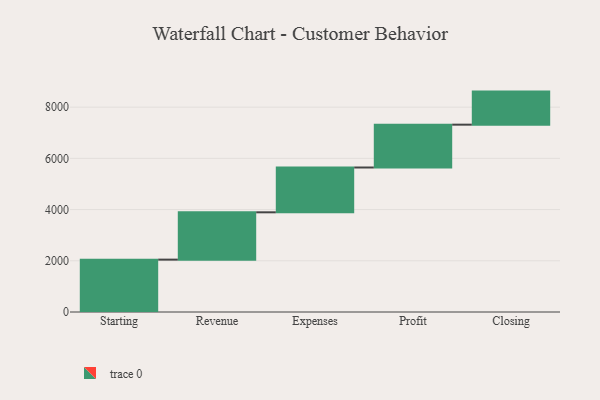
{"axis": {"x": "Step", "y": "Value"}, "legend": [""], "data": [{"x": "Starting", "y": 2045.0, "type": ""}, {"x": "Revenue", "y": 1848.0, "type": ""}, {"x": "Expenses", "y": 1750.0, "type": ""}, {"x": "Profit", "y": 1673.0, "type": ""}, {"x": "Closing", "y": 1291.0, "type": ""}]}